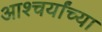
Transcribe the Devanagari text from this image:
आश्चर्यांच्या